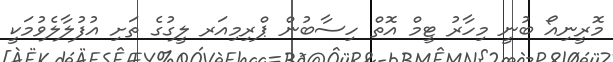
މޮރީނިއޯ ބުނީ މިހާރު ޓީމް އޮތް ހިސާބުން ޕްރިމިއަރ ލީގުގެ ތަށި އުފުލާލެވުމަކީ